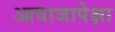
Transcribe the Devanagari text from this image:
आवाजापेक्षा